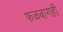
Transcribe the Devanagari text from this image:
फळबागही